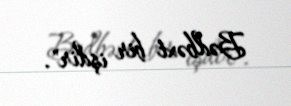
Bədbəxt bir işdir".